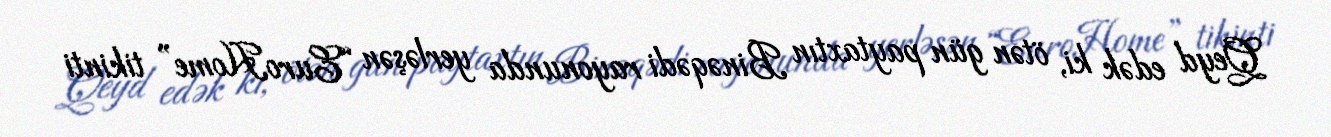
Qeyd edək ki, ötən gün paytaxtın Binəqədi rayonunda yerləşən “EuroHome” tikinti